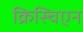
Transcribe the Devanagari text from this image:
क्रिस्चिएन